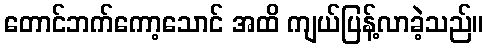
တောင်ဘက်ကော့သောင် အထိ ကျယ်ပြန့်လာခဲ့သည်။